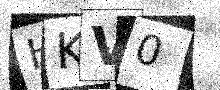
Text: HKV0